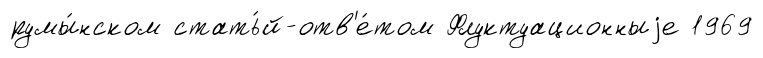
румы́нском стать́й-отв'е́том Флуктуационныjе 1969